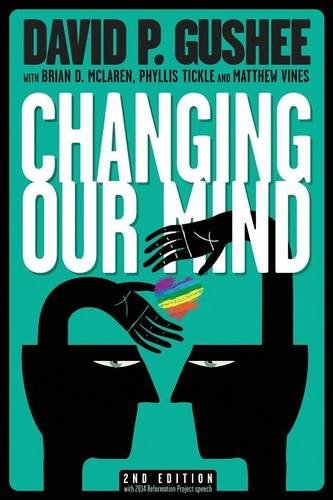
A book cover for Changing Our Mind, second edition; David P Gushee; Christian Books & Bibles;